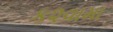
ક૨વામા